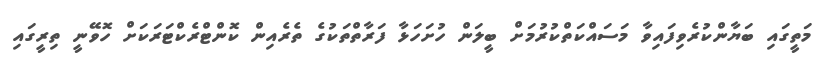
މަތީގައި ބަޔާންކުރެވިފައިވާ މަސައްކަތްކުރުމަށް ބީލަން ހުށަހަޅާ ފަރާތްތަކުގެ ތެރެއިން ކޮންޓްރެކްޓަރަކަށް ހޮވޭނީ ތިރީގައި